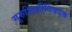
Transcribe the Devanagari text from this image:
गुरुभिक्तीविषयक